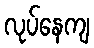
လုပ်နေကျ